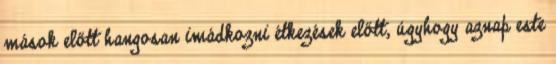
mások előtt hangosan imádkozni étkezések előtt, úgyhogy aznap este